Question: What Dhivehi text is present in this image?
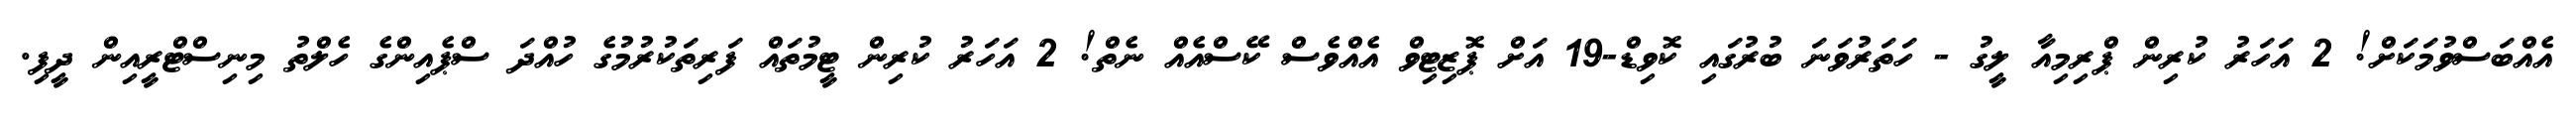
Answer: އެއްބަސްވުމަކަށް! 2 އަހަރު ކުރިން ޕްރިމިއާ ލީގު - ހަތަރުވަނަ ބުރުގައި ކޮވިޑް-19 އަށް ޕޮޒިޓިވް އެއްވެސް ކޭސްއެއް ނެތް! 2 އަހަރު ކުރިން ޓީމުތައް ފަރިތަކުރުމުގެ ހުއްދަ ސްޕެއިންގެ ހެލްތު މިނިސްޓްރީއިން ދީފި.